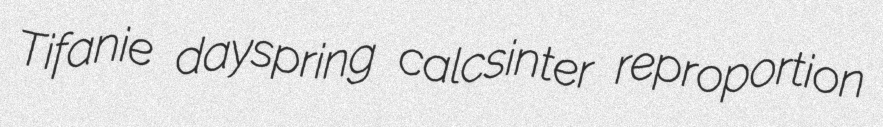
Tifanie dayspring calcsinter reproportion